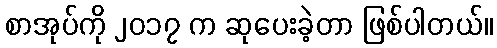
စာအုပ်ကို ၂၀၁၇ က ဆုပေးခဲ့တာ ဖြစ်ပါတယ်။